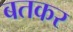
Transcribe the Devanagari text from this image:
बतकर